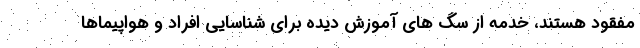
مفقود هستند، خدمه از سگ های آموزش دیده برای شناسایی افراد و هواپیماها